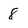
Character: 8